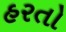
હરતો